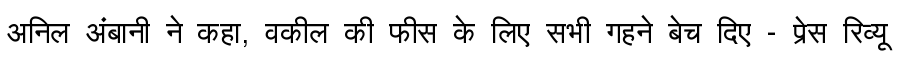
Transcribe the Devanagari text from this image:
अनिल अंबानी ने कहा, वकील की फीस के लिए सभी गहने बेच दिए - प्रेस रिव्यू